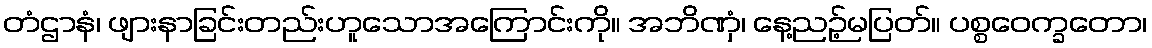
တံဌာနံ၊ ဖျားနာခြင်းတည်းဟူသောအကြောင်းကို။ အဘိဏှံ၊ နေ့ညဉ့်မပြတ်။ ပစ္စဝေက္ခတော၊